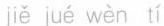
jǐe jué wèn tí